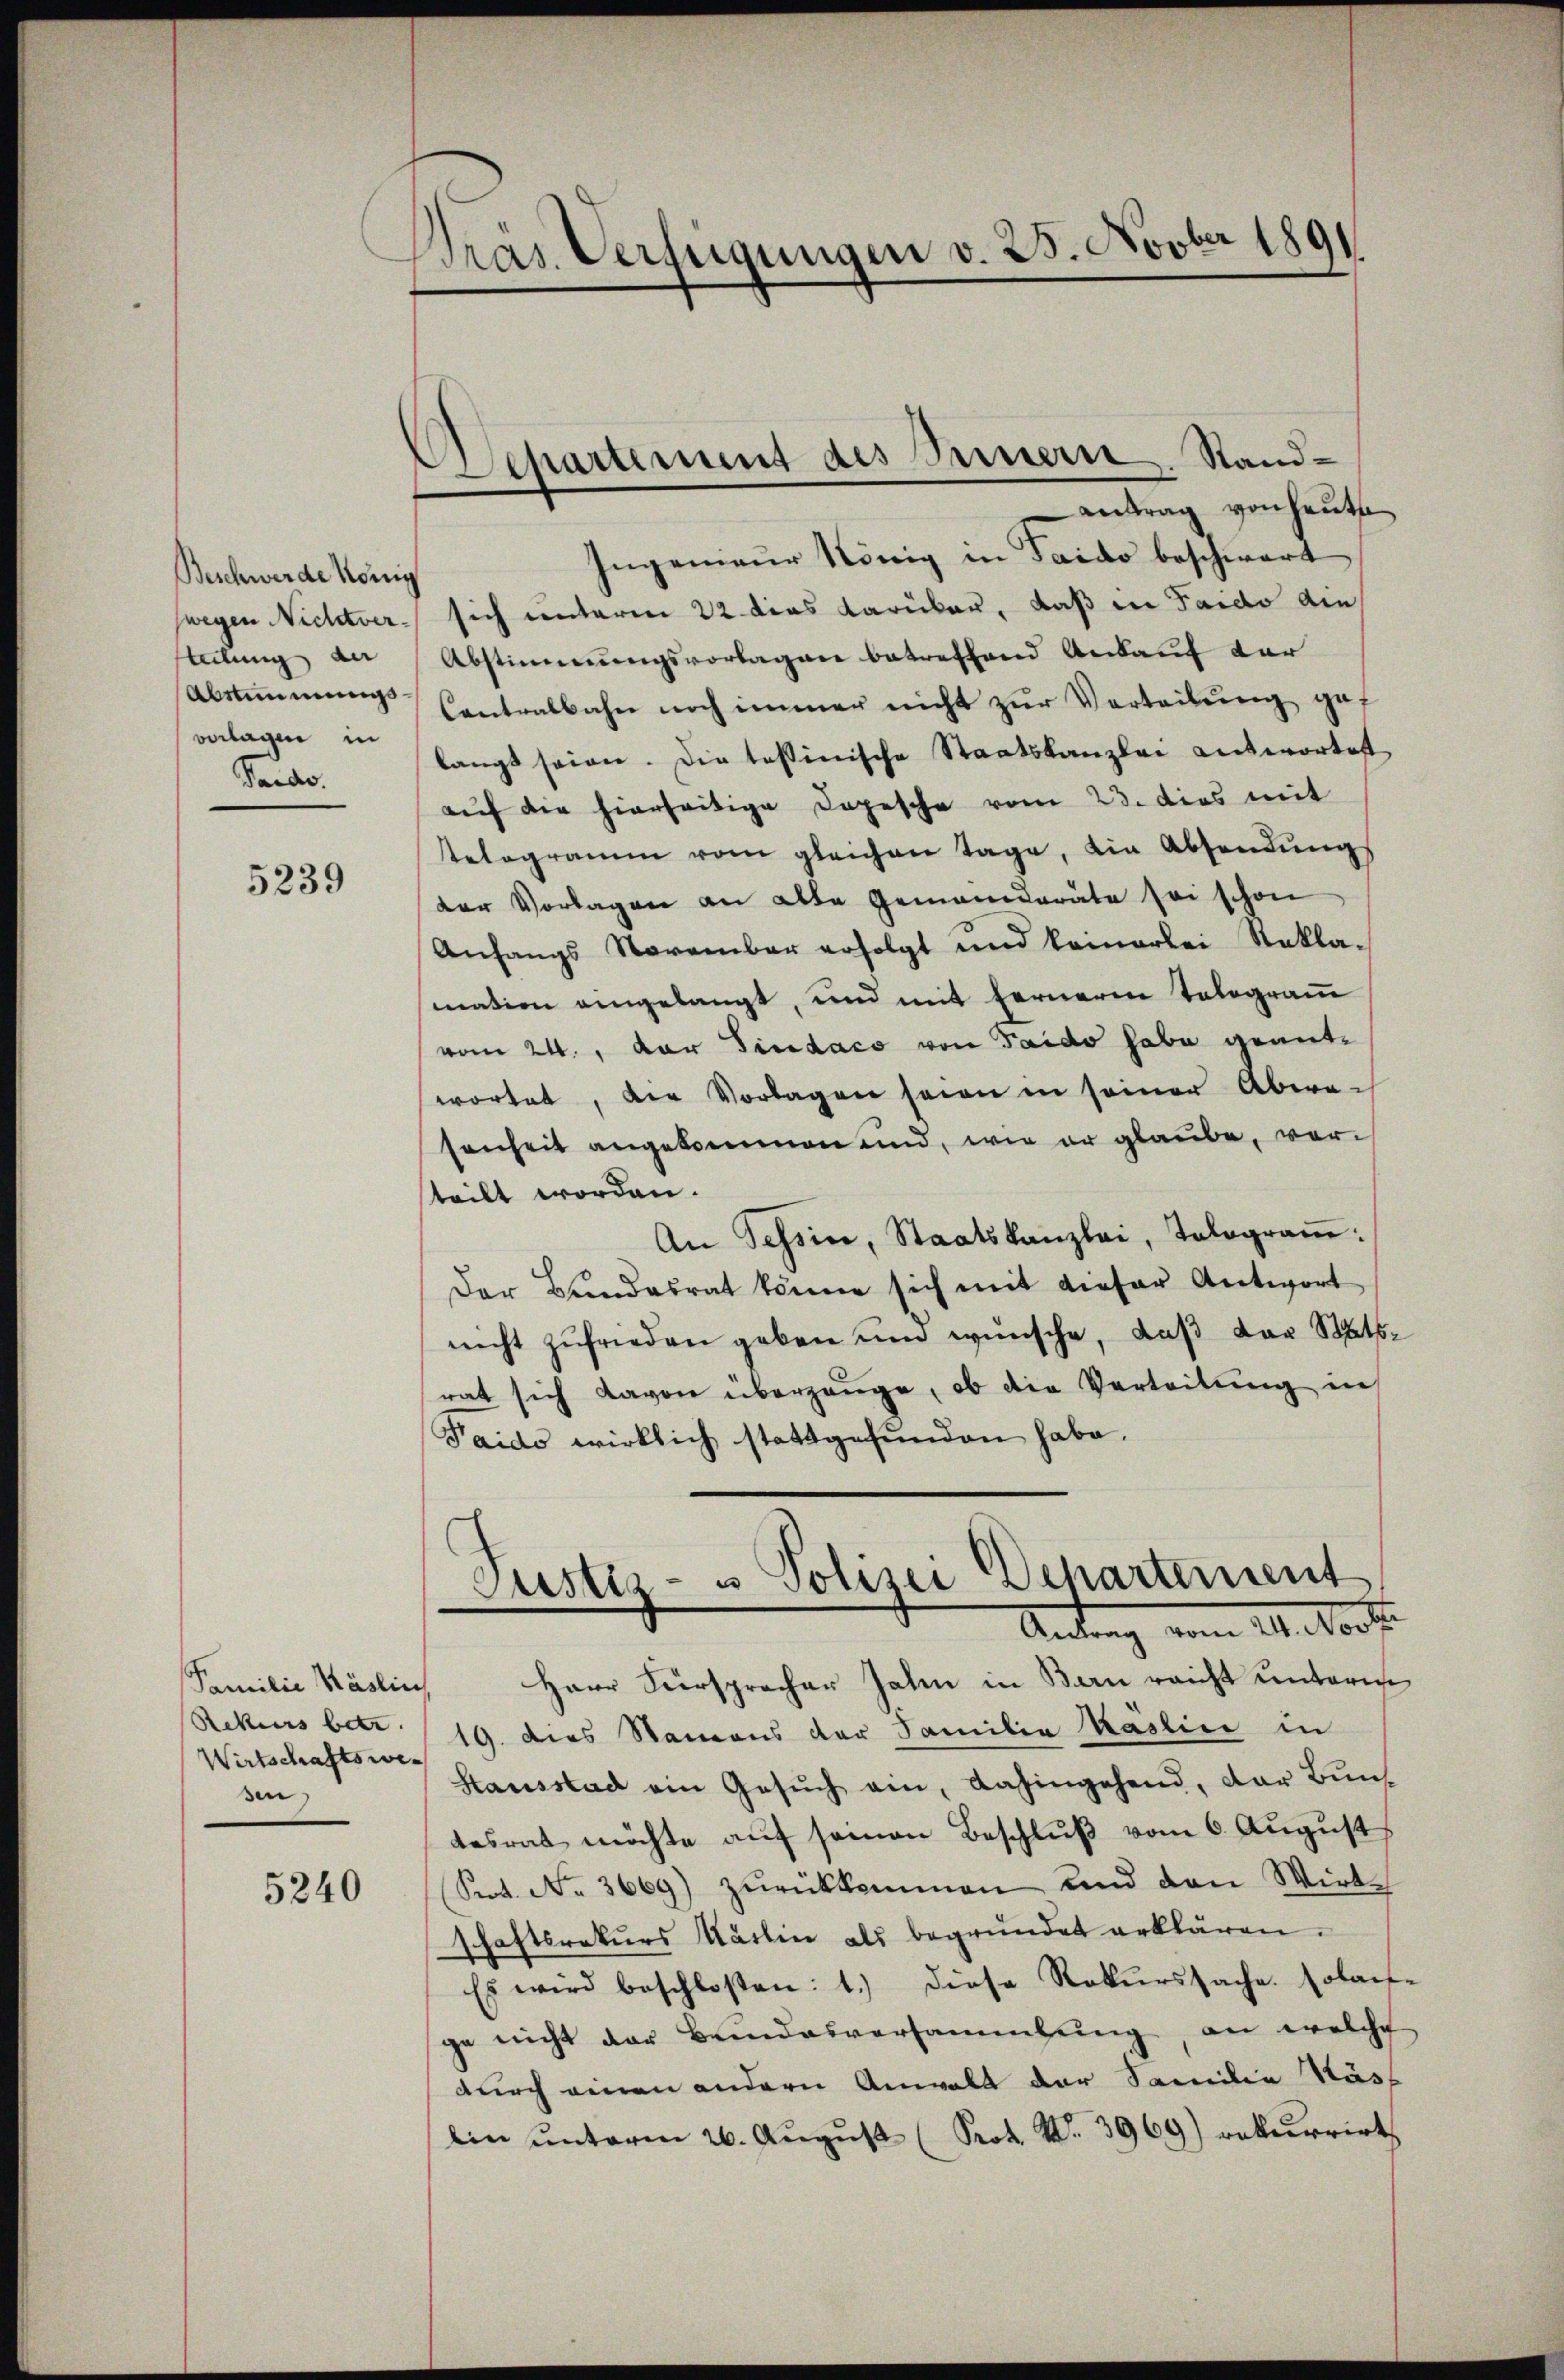
Beschwerde König
teilung de
Abstimmungs
verlagen in
Taide.

5239

Familie Käslin
Rekurs betr.
Wirtschaftswesen,

5240

Pras Verfügungen v. 25. Novber 1891

Departement des Innern. Stand¬

Antrag von heute
Ingenieur König in Taido beschwert
swegen Nichtver sich unterm 22 dies darüber, daß in Faido die
Abstimmungsvorlagen betreffend Ankauf der
Contralbahn noch immer nicht zŭr Verteilŭng gef
langt seien. Die tessinische Staatskanzlei antwortest
auf die hierseitige Depesche vom 23. dies mit
telegramm vom gleichen Tage, die Absendŭngs
der Vorlagen an alte Gemeinderäte sei schon
Anfangs November erfolgt und keinerlei Rekla-
mation eingelangt, und mit ferneren Tologram
vom 24., der Findaco von Taido habe geantwortet, die Vorlagen seien in seiner Abera-
senheit angekommen und, wie er glaube, vorsteilt worden.
An Tessin, Staatskanzlei, Tolograṁ:
Der Bŭndesrat könne sich mit dieser Antwort
nicht zufrieden geben und wünsche, daß der Staatsrat sich davon überzeuge, ob die Verteilung in
Paido wirklich stattgefunden habe.

Justiz- u Polizei Departement
Antrag vom 14. Noch

Herr Fürsprecher Jahn in Bern reicht unterm
19. Dies Namens der Familia Kaslin in
Stausstad ein Gesŭch ein, dahingehend, der Bŭn
tesrat möchte auf seinen Beschluß vom 6. August
Sert. No. 3669) zŭrückkommen und den Wirt-
schaftsrekŭrs Martin als begründet erklären.
Es wird beschloßen: 1.) diese Rekurssache. Solante
ge nicht der Bundesversammlung, an welche
durch einen andern Anwalt der Familie Säss
Ein ŭnterm 26. Aŭgŭst (Prot. W. 3969) rekurrirt